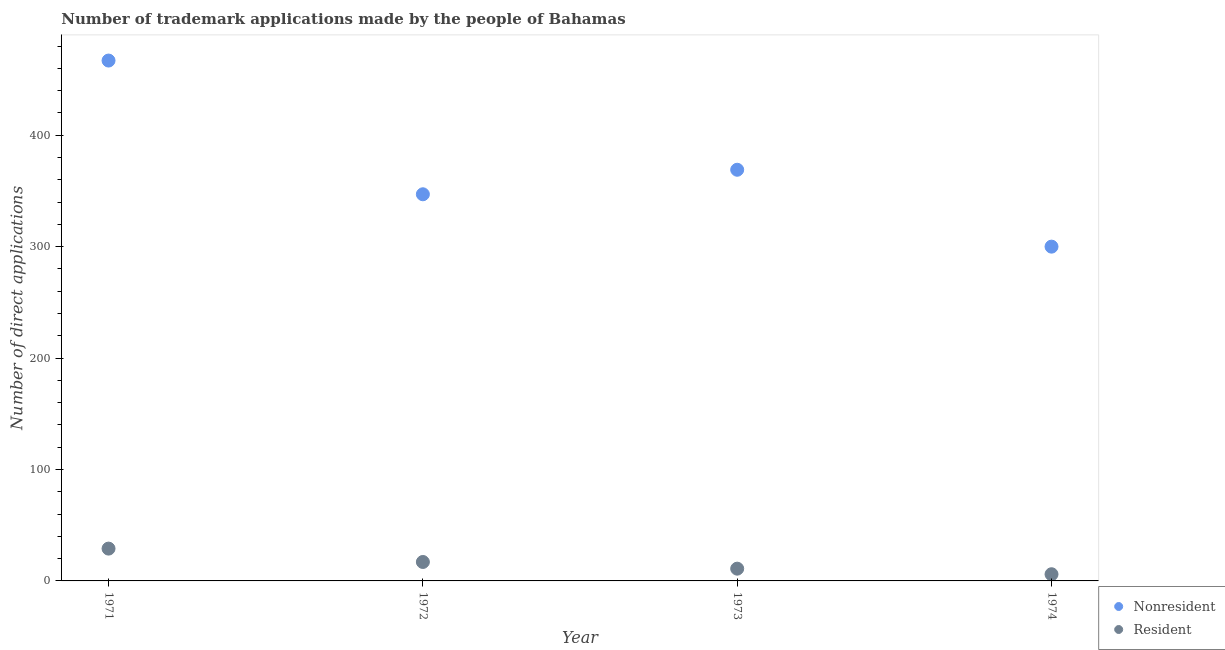
| Year | Nonresident | Resident |
 | --- | --- | --- |
 | 1971 | 467 | 29 |
 | 1972 | 347 | 17 |
 | 1973 | 369 | 11 |
 | 1974 | 300 | 6 |